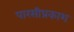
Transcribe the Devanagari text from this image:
पारसीप्रकाश